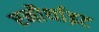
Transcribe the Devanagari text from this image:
एनौर्थाइट